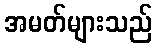
အမတ်များသည်